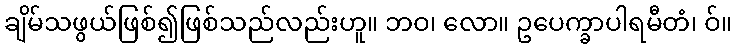
ချိမ်သဖွယ်ဖြစ်၍ဖြစ်သည်လည်းဟူ။ ဘဝ၊ လော။ ဥပေက္ခာပါရမီတံ၊ ဝ်။